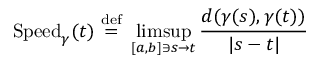
{ \operatorname { S p e e d } _ { \gamma } } ( t ) ~ { \stackrel { \mathrm { d e f } } { = } } ~ \operatorname* { l i m s u p } _ { [ a , b ] \ni s \to t } { \frac { d ( \gamma ( s ) , \gamma ( t ) ) } { | s - t | } }